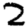
Digit: 2